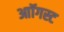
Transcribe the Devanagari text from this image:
आॉगस्ट